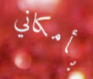
بأمكاني